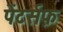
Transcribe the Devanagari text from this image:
पेंटर्सफ़